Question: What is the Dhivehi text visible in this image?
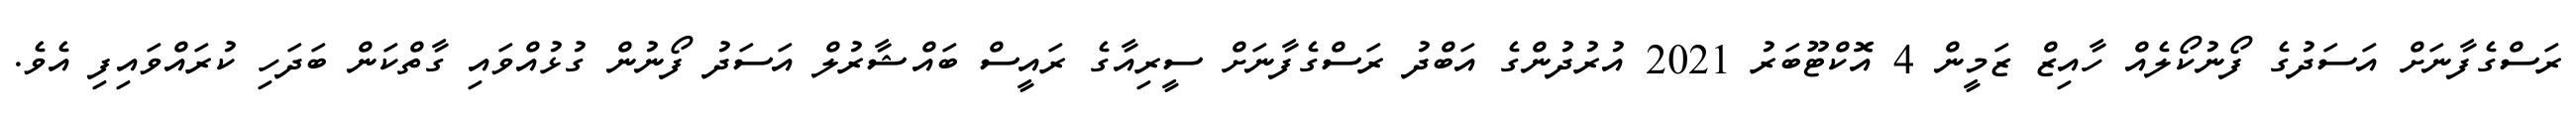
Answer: ރަސްގެފާނަށް އަސަދުގެ ފޯނުކޯލެއް ހާއިޒް ޒަމީން 4 އޮކްޓޫބަރު 2021 އުރުދުންގެ އަބްދު ރަސްގެފާނަށް ސީރިއާގެ ރައީސް ބައްޝާރުލް އަސަދު ފޯނުން ގުޅުއްވައި ގާތްކަން ބަދަހި ކުރައްވައިފި އެވެ.